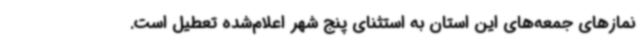
نمازهای جمعه‌های این استان به استثنای پنج شهر اعلام‌شده تعطیل است.